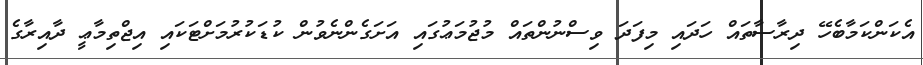
އެކަންކަމާބެހޭ ދިރާސާތައް ހަދައި މިފަދަ ވިސްނުންތައް މުޖުމަޢުގައި އަށަގެންނެވުން ކުޑަކުރުމަށްޓަކައި އިޖްތިމާޢީ ދާއިރާގެ